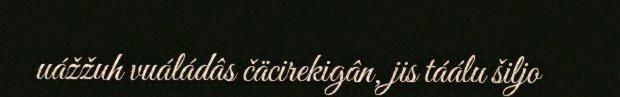
uážžuh vuáládâs čäcirekigân, jis táálu šiljo